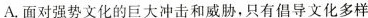
A.面对强势文化的巨大冲击和威胁，只有倡导文化多样